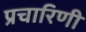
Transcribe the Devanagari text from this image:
प्रचारिणी